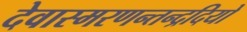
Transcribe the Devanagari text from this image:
देवास्मरणन्तन्द्रदियो